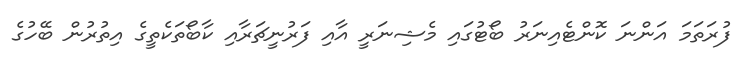
ފުރަތަމަ އަންނަ ކޮންޓެއިނަރު ބޯޓުގައި މެޝިނަރީ އާއި ފަރުނީޗަރާއި ކާބޯތަކެތީގެ އިތުރުން ބޭހުގެ